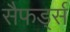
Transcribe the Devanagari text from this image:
सैफर्ड्स